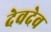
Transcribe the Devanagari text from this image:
देवदेव